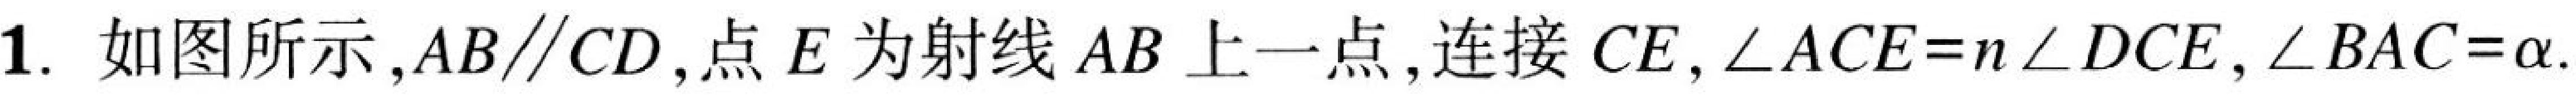
1. 如图所示，\(AB\parallel CD\)，点\(E\)为射线\(AB\)上一点，连接\(CE\)，\(\angle ACE = n\angle DCE\)，\(\angle BAC=\alpha\).